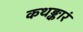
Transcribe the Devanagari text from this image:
कथङ्कारं